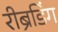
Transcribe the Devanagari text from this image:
रीब्रॅंडिंग